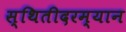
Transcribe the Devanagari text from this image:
स्थितीदरम्यान